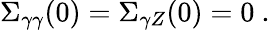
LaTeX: \Sigma_{\gamma\gamma}(0)=\Sigma_{\gamma Z}(0)=0~.